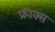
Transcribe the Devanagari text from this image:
फ्रीक्स